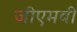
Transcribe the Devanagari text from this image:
जीएमबी